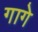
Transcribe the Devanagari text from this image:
गागे